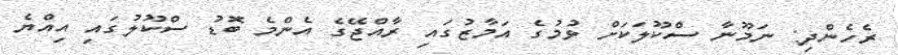
ރެހެންދި: ނަމޫނާ ސްކޫލަކަށް ވުމުގެ އަމާޒުގައި ރާއްޖޭގެ އެންމެ ބޮޑު ސްކޫލުގައި އިއްޔެ